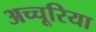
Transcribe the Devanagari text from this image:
अच्चूरिया